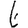
Digit: 6